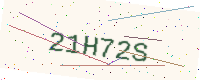
Text: 21H72S